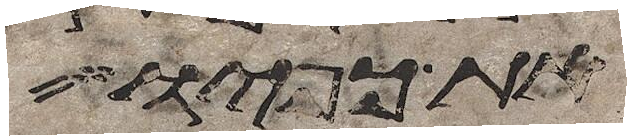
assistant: את כפיו